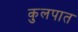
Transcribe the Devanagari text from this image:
कुलपात